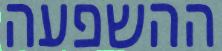
ההשפעה